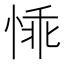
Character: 𪬁